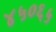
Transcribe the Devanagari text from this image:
४५०६५